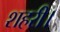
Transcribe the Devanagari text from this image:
शहरी।